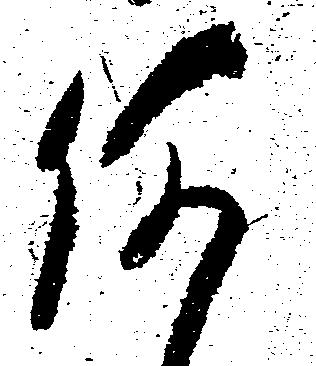
何